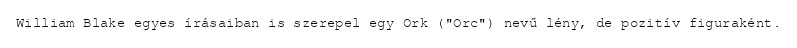
William Blake egyes írásaiban is szerepel egy Ork ("Orc") nevű lény, de pozitív figuraként.